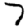
Digit: 7